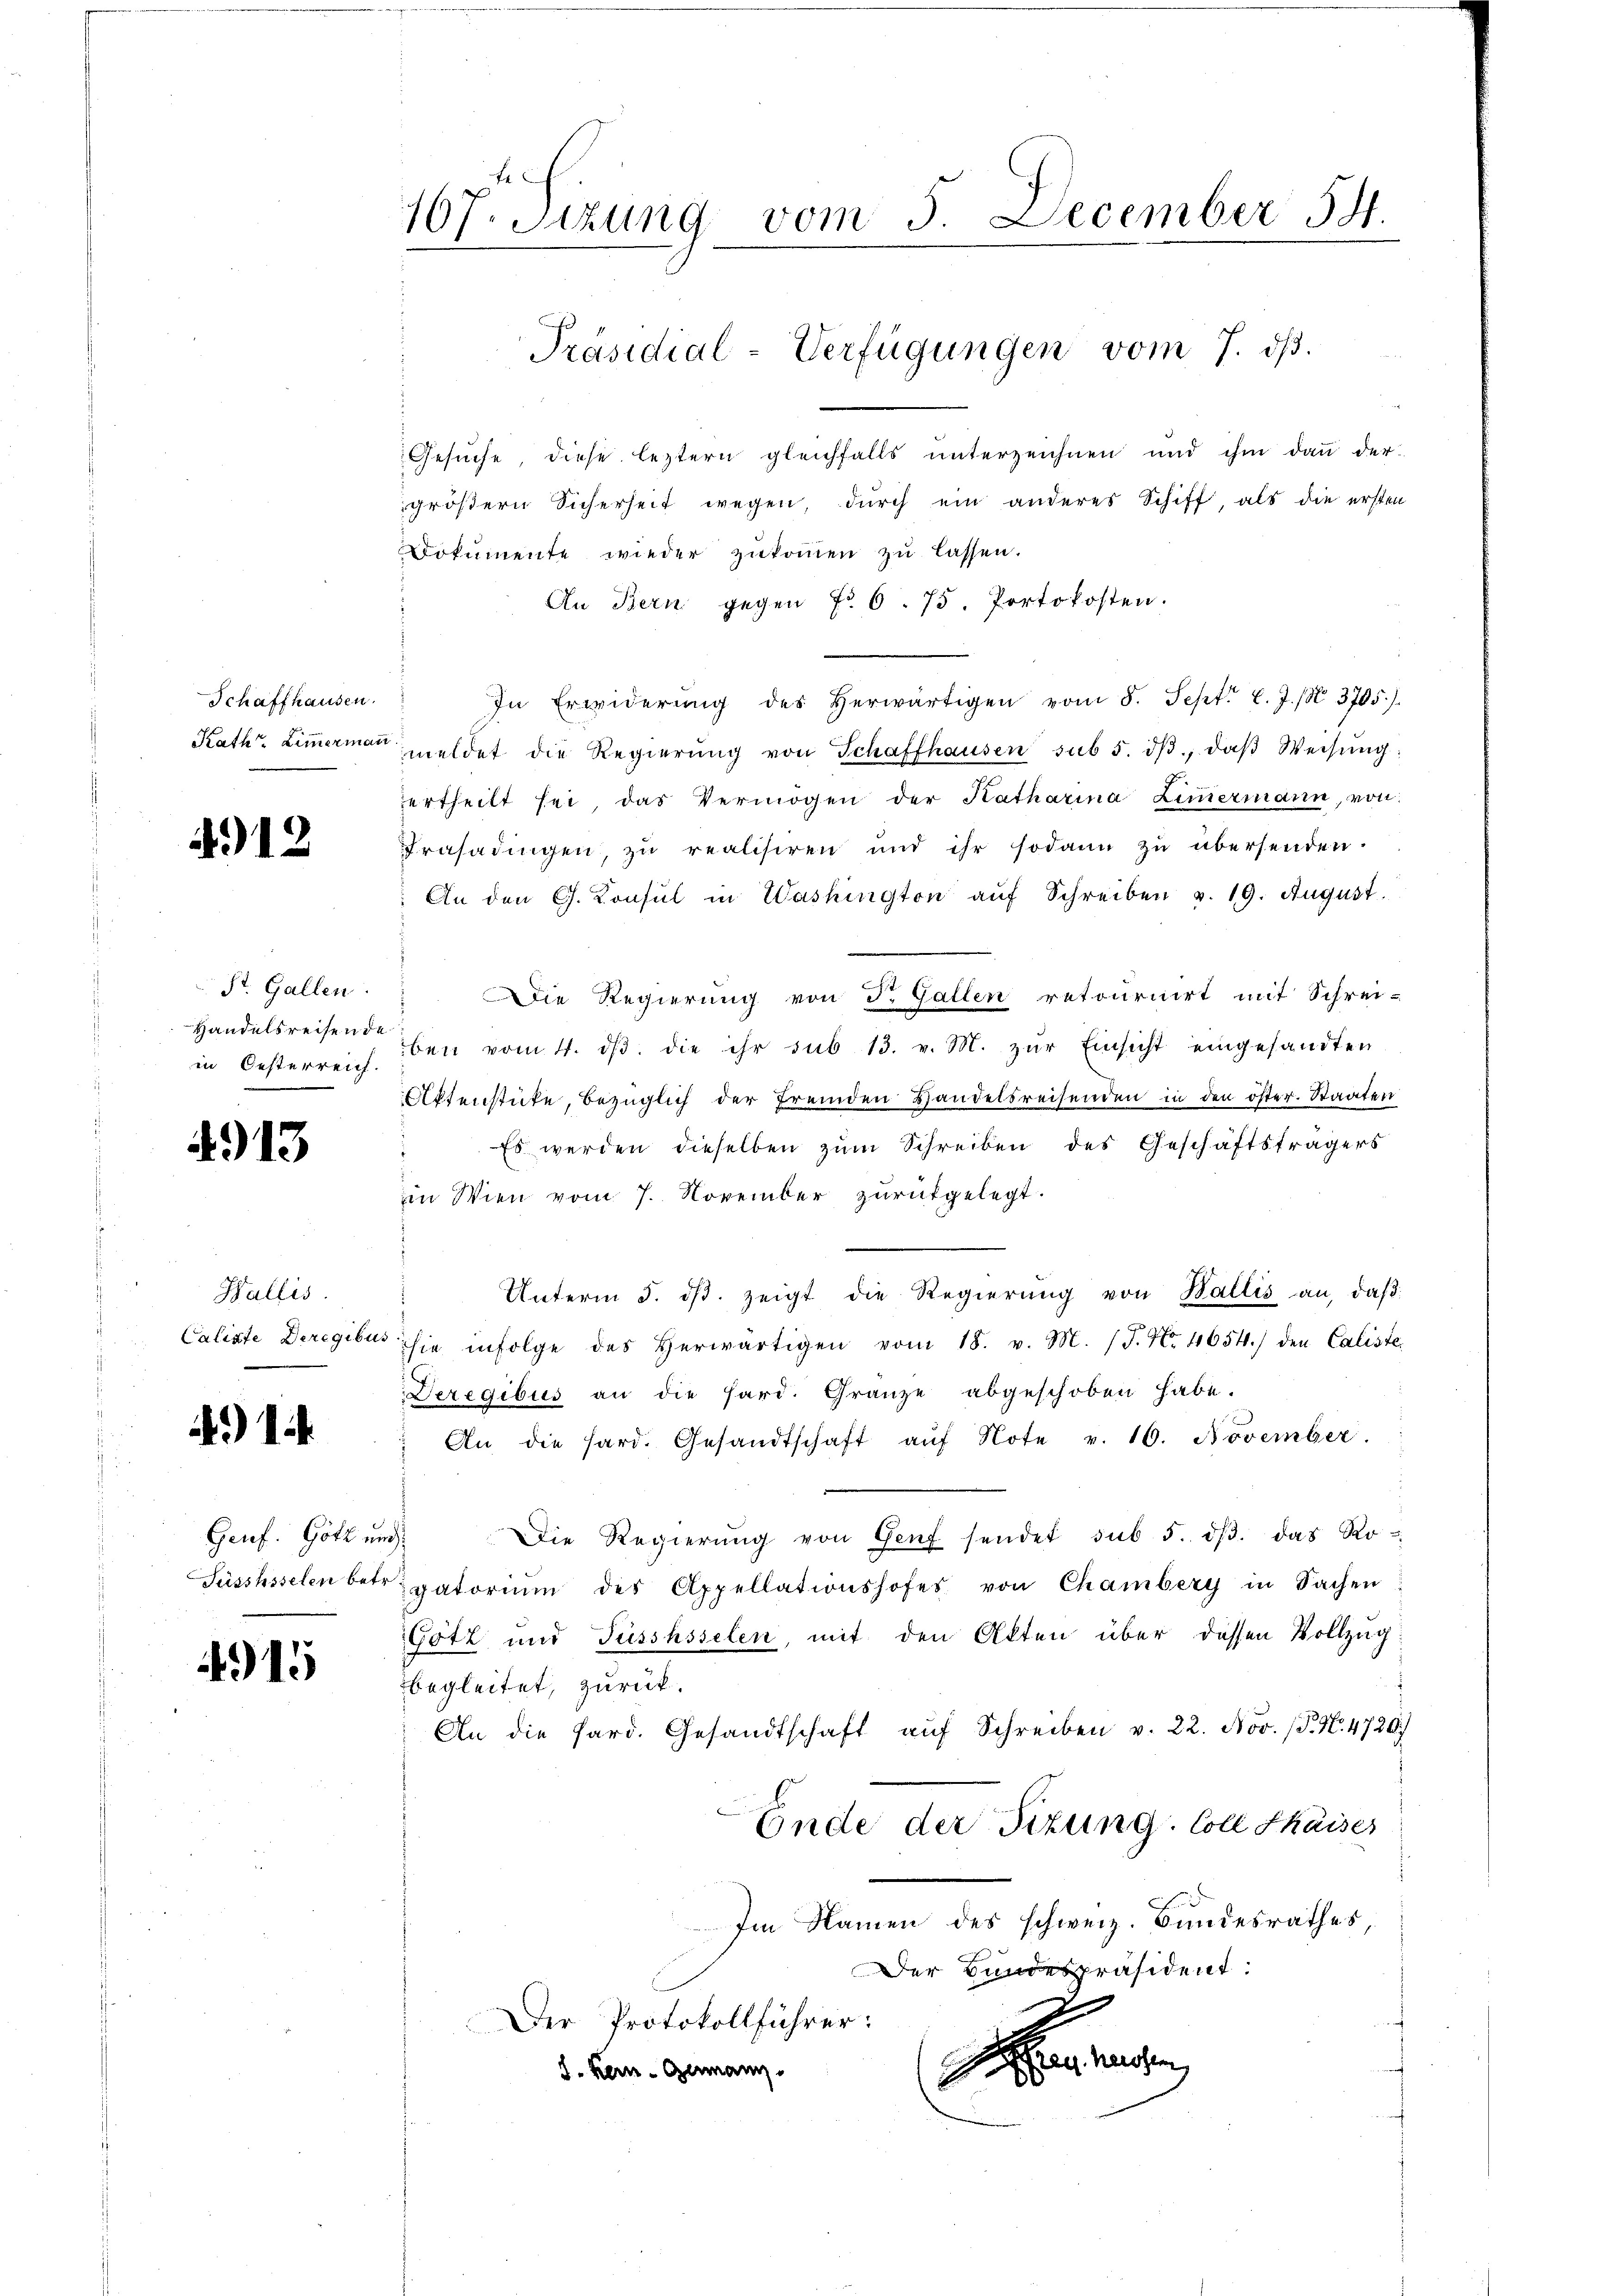
Schaffhausen.
Kath. Zimmermann

4912

St. Gallen.
Handelsreisen de
in Oesterreich

4913

Wallis.
Caliste Deregibus.

1

15

107. Sitzung vom 5. December 54.

Gesŭche, diese leztern gleichfalls ŭnterzeichnen und ihm daṅ der-
größern Sicherheit wegen, durch ein anderes Schiff, als die ersten
Dokumente wieder zukommen zu lassen.
An Bern gegen No 6. 75. Portokosten.
In Erwiderŭng des herwärtigen vom 5. Sept. l. J. N. 3705)
meldet die Regierŭng von Schaffhausen sub 5. dβ, daβ Weisŭng:
ertheilt sei das Vermögen der Katharina Liṁermann, von
Frasadingen, zŭ realisiren und ihr sodann zŭ übersenden.
An den G. Konsul in Washington aŭf Schreiben v. 19. August.
Die Regierung von d. Gallen retournirt mit Schrei-
ben vom 4. dβ. die ihr sub 13. v. M. zŭr Einsicht eingesandten
Aktenstücke, bezüglich der fremden Handelsreisenden in den öster. Staaten
Es werden dieselben zŭm Schreiben des Geschäftsträgers
in Wien vom 7. November zurückgelegt.
Unterm 5. dβ zeigt die Regierŭng von Wallis an, daβ
sie infolge des herwärtigen vom 18. v. M. (T. No. 4654.) den Caliste
Deregibus an die Hard. Granze abgeschoben habe.
An die hard. Gesandtschaft aŭf Note v. 16. November.
Genf. Götten. Die Regierŭng von Genf sendet sub 5. dβ. das Ro-
Süsshsselen betrepatoriŭm des Appellationshofes von Chamberg in Sachen
Götz und Füsshsselen, mit den Akten über dessen Vollzug
begleitet, zurück.
An die Pard. Gesandtschaft aŭf Schreiben v. 22. Nov. 15. N. 4720)
Ende der Sizung. Coll Shaises
Im Namen des schweiz. Bundesrathes
Der Bundespräsident:
Der Protokollführer:

S. kein Germann.

Präsidial-Verfügungen vom 7. ds.